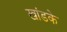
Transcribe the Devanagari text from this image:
खांडके